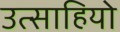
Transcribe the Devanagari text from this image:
उत्साहियो